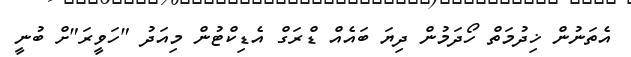
އެތަނުން ޚިދުމަތް ހޯދަމުން ދިޔަ ބައެއް ޑްރަގް އެޑިކްޓުން މިއަދު "ހަވީރަ"ށް ބުނީ